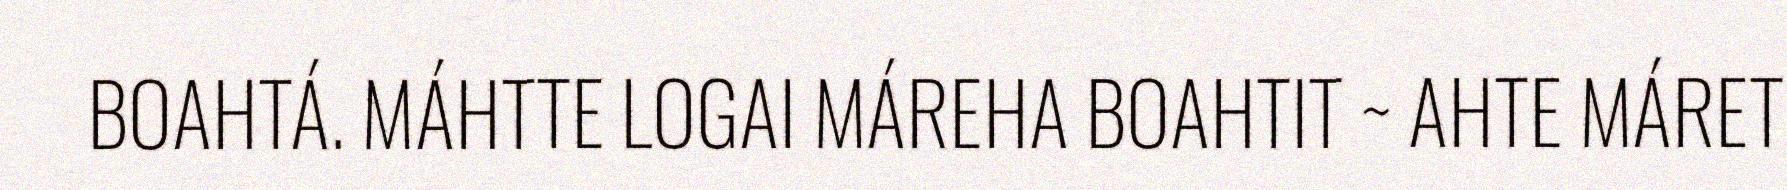
BOAHTÁ. MÁHTTE LOGAI MÁREHA BOAHTIT ~ AHTE MÁRET